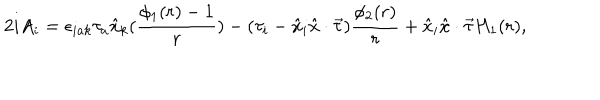
2 i A _ { i } = \epsilon _ { i a k } \tau _ { a } \hat { x } _ { k } ( \frac { \phi _ { 1 } ( r ) - 1 } { r } ) - ( \tau _ { i } - \hat { x } _ { i } \hat { x } \cdot \vec { \tau } ) \frac { \phi _ { 2 } ( r ) } { r } + \hat { x } _ { i } \hat { x } \cdot \vec { \tau } H _ { 1 } ( r ) ,